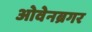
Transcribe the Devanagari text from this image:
ओवेनब्रगर